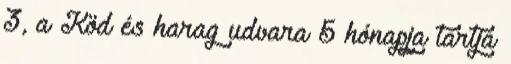
3, a Köd és harag udvara 5 hónapja tartja